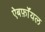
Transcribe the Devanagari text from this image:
ऐबर्फ़ाॅयल